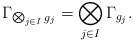
LaTeX: \begin{align*}\Gamma_{\bigotimes_{j\in I}{g_j}}=\bigotimes_{j\in I}{\Gamma_{g_j}}.\end{align*}